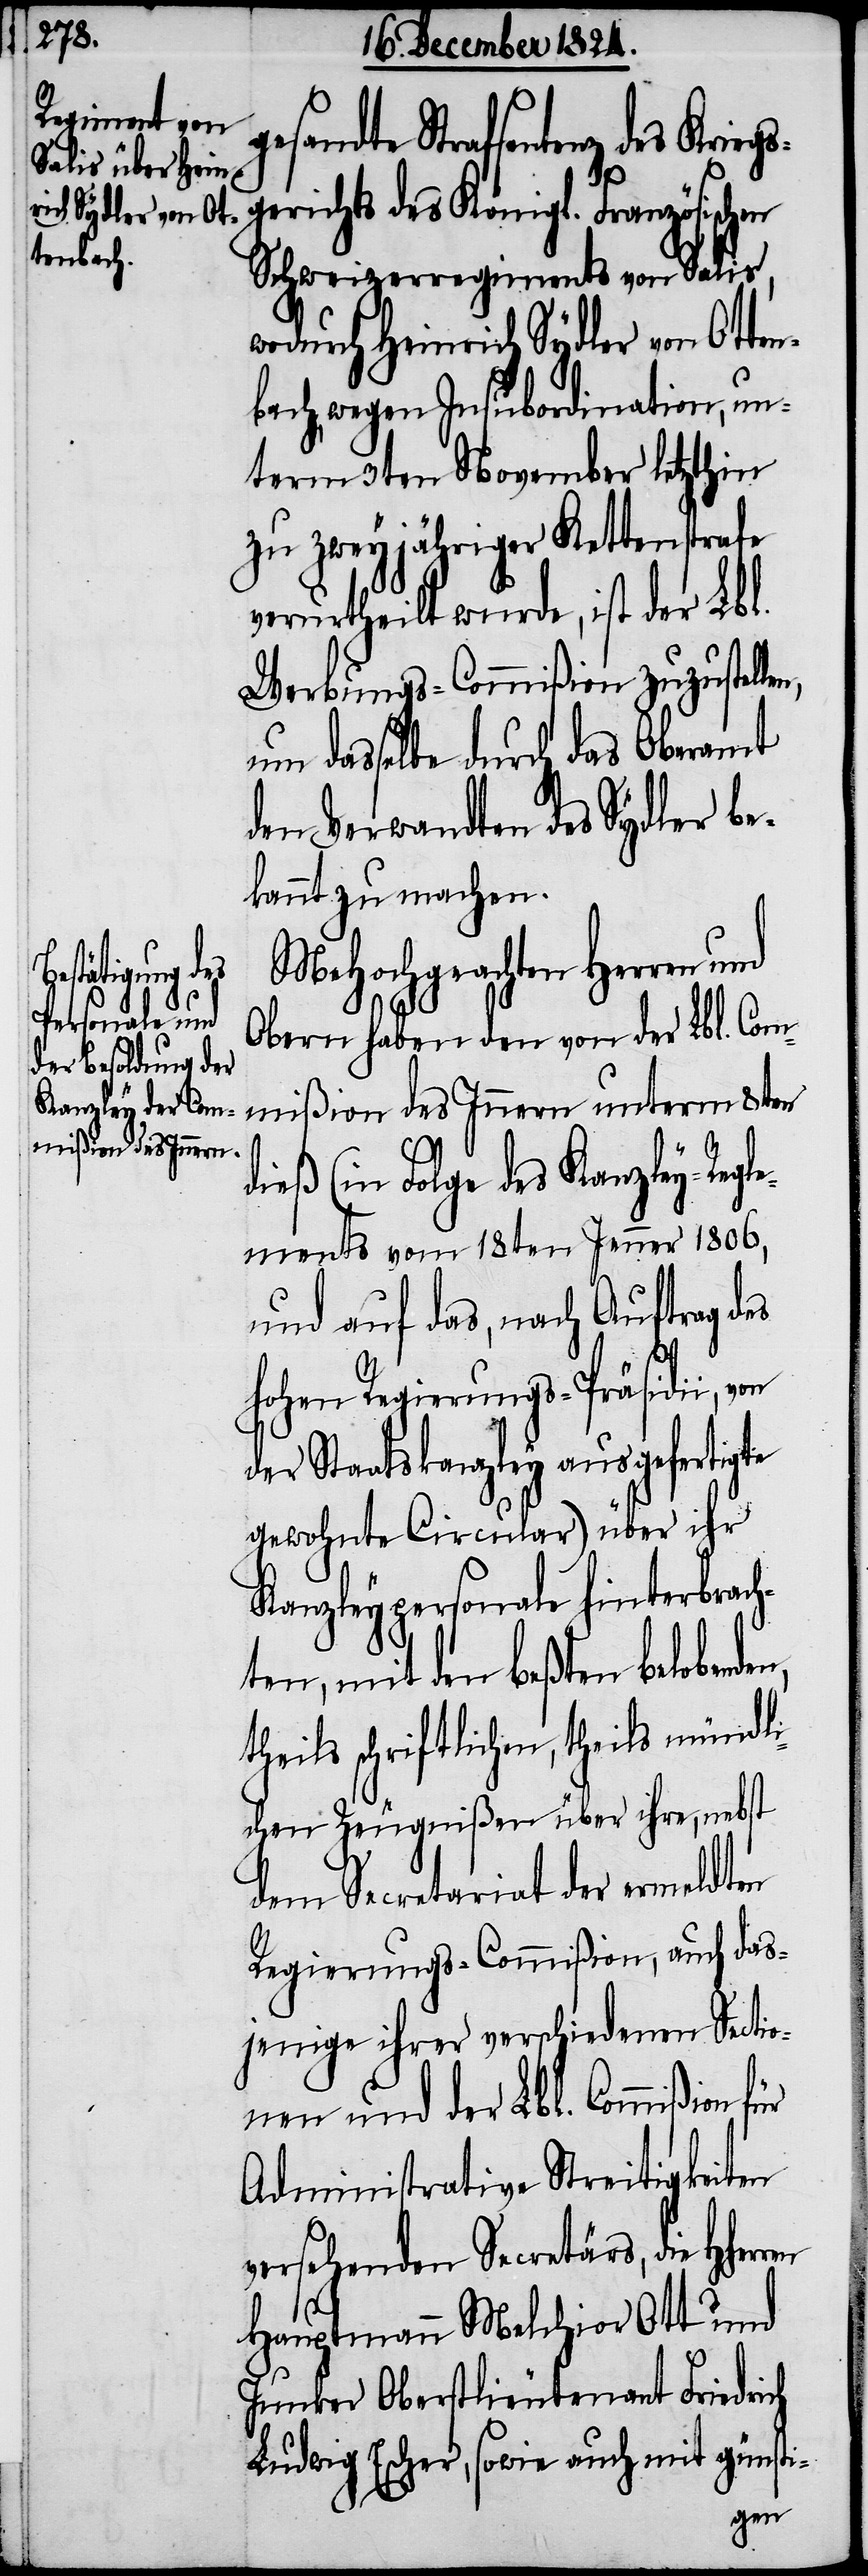
entenz des Kriegs¬
gerichts des Königl. Französischen
Schweizerregiments von Salis,
wodurch Heinrich Sydler von Otten¬
bach, wegen Insubordination, un¬
term 3ten November letzthin
zu zweyjähriger Kettenstrafe
verurtheilt wurde, ist der Lbl.
Werbungs-Commißion zuzustelle¬
um dasselbe durch das Oberamt
den Verwandten des Sydler be¬
kannt zu machen.
MeHochgeachten Herren und
Obern haben den von der Lbl. Com¬
mißion des Innern unterm 8ten
dieß (in Folge des Kanzley-Regl¬
ements vom 18ten Jenner 1806,
und auf das, nach Auftrag des
n,
hohen Regierungs-Präsidii, von
der Staatskanzley ausgefertigte
gewohnte Circular) über ihr
Kanzleypersonale hinterbrach¬
ten, mit den beßten belobende¬
theils schriftlichen, theils mündl¬
ichen Zeugnißen über ihre, nebst
dem Secretariat der ermeldten
Regierungs-Commißion, auch das¬
jenige ihrer verschiedenen Sectio¬
nen und der Lbl. Commißion
Administrative Streitigkeiten
versehenden Secretärs, die
Hauptmann Melchior Ott und
Junker Oberstlieutenant Friedrich
Ludwig Escher, sowie auch mit günsti-